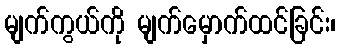
မျက်ကွယ်ကို မျက်မှောက်ထင်ခြင်း၊